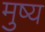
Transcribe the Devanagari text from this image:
मुष्य